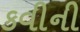
કવીની